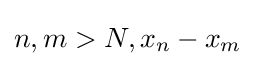
n,m>N,x_{n}-x_{m}